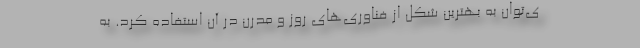
ی‌توان به بهترین شکل از فناوری‌های روز و مدرن در آن استفاده کرد. به